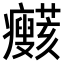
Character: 𤼞